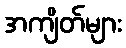
အကျိတ်များ